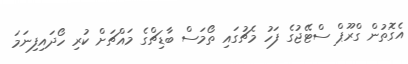
އެގޮތުން ގްރޫޕް ސްޓޭޖުގެ ފަހު މެޗުގައި ތޯމަސް ބާޑިޗްގެ މައްޗަށް ކުރި ހޯދައިފިނަމަ